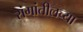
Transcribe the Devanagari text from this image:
रांगांतीलच्या